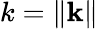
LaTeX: k=\| \mathbf{k}\|